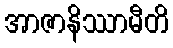
အာဇာနိဿာမီတိ